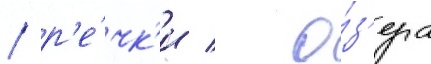
/ р'е́чк'и / о́з'ера